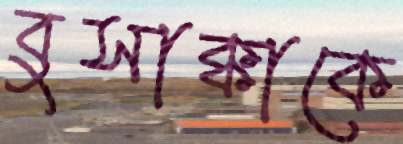
বুসাক্কাকে